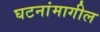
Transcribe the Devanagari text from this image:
घटनांमागील